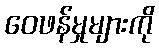
ဝေဖန်မှုများကို